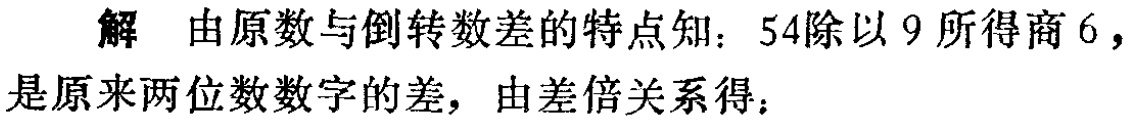
解 由原数与倒转数差的特点知：54除以 9 所得商 6，是原来两位数数字的差，由差倍关系得：